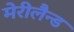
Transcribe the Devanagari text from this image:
मेरीलैन्ड